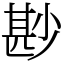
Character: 尠